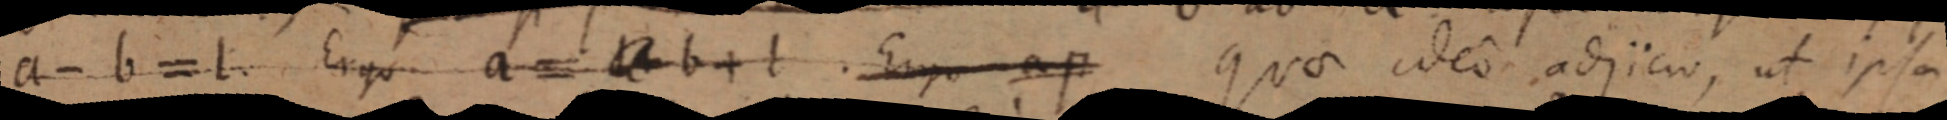
a - b = I. Ergo a = b + b. Ergo quae ideo adjicio, ut ipsa